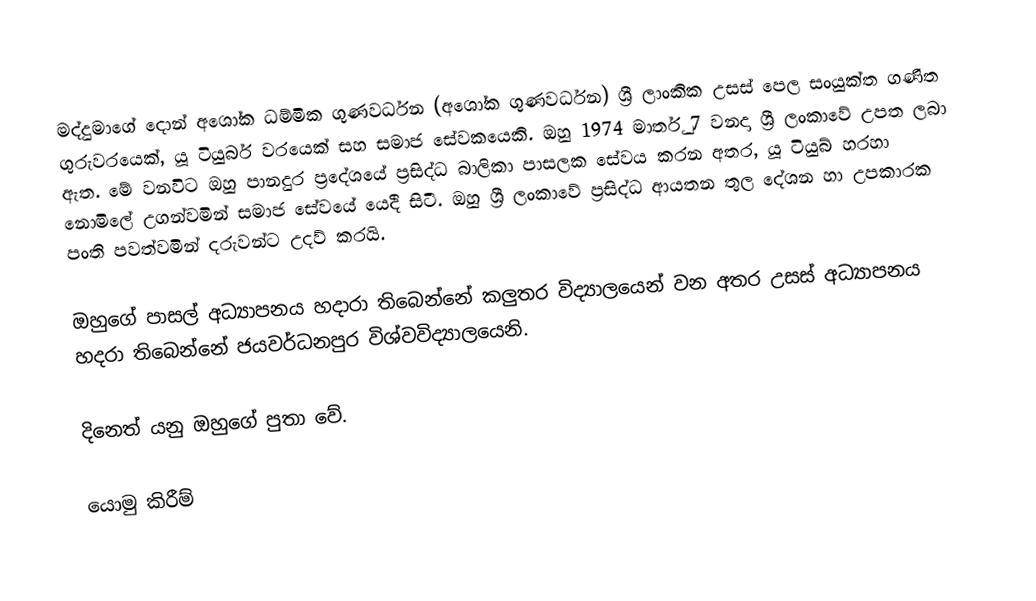
මද්දුමාගේ දොන් අශෝක ධම්මික ගුණවර්ධන (අශෝක ගුණවර්ධන)  ශ්‍රී ලාංකික උසස් පෙල සංයුක්ත ගණිත ගුරුවරයෙක්, යූ ටියුබර් වරයෙක් සහ සමාජ සේවකයෙකි. ඔහු 1974 මාර්තු 7 වනදා ශ්‍රී ලංකාවේ උපත ලබා ඇත. මේ වනවිට ඔහු පානදුර ප්‍රදේශයේ ප්‍රසිද්ධ බාලිකා පාසලක සේවය කරන අතර, යූ ටියුබ් හරහා නොමිලේ උගන්වමින් සමාජ සේවයේ යෙදී සිටී. ඔහු ශ්‍රී ලංකාවේ ප්‍රසිද්ධ ආයතන තුල දේශන හා උපකාරක පංති පවත්වමින් දරුවන්ට උදව් කරයි.

ඔහුගේ පාසල් අධ්‍යාපනය හදාරා තිබෙන්නේ කලුතර විද්‍යාලයෙන් වන අතර උසස් අධ්‍යාපනය හදරා තිබෙන්නේ ජයවර්ධනපුර විශ්වවිද්‍යාලයෙනි.

දිනෙත් යනු ඔහුගේ පුතා වේ.

යොමු කිරීම්